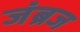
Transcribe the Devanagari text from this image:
जंब्रज